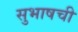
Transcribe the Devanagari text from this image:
सुभाषची